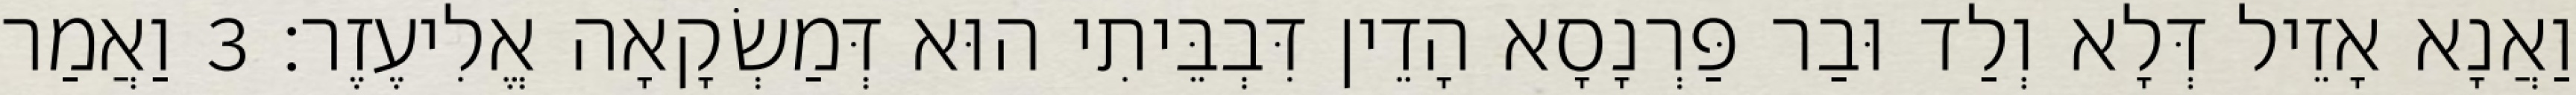
וַאֲנָא אָזֵיל דְּלָא וְלַד וּבַר פַּרְנָסָא הָדֵין דִּבְבֵּיתִי הוּא דְּמַשְׂקָאָה אֱלִיעֶזֶר׃ 3 וַאֲמַר